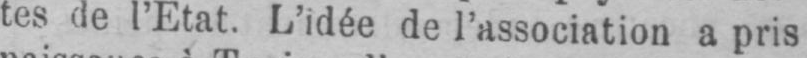
tes de l’Etat. L’idée de l’association a pris